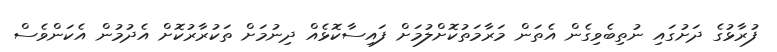
ފުރާޅުގެ ދަށުގައި ނުތިބެވިގެން އެތަން މަރާމަތުކޮށްލުމަށް ފައިސާކޮޅެއް ދިނުމަށް ތަކުރާރުކޮށް އެދުމުން އެކަންވެސް